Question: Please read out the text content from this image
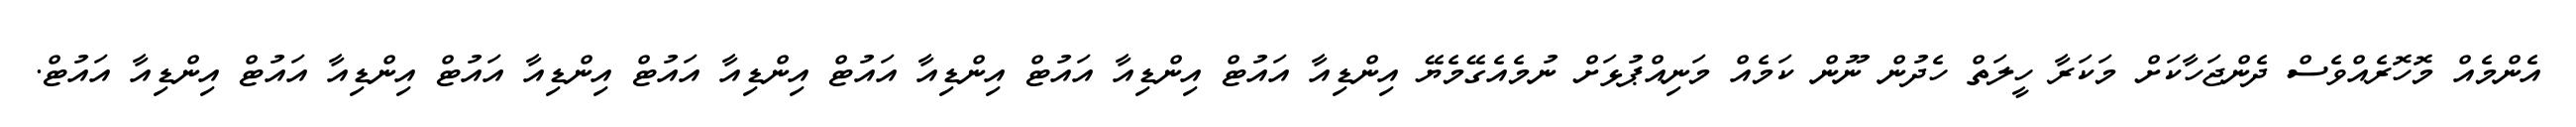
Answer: އެންމެއް މޮހޮރެއްވެސް ދެންޖަހާކަށް މަކަރާ ހީލަތް ހެދުން ނޫން ކަމެއް މަނިއްޕުޅަށް ނުމެއެގޭމެޔޭ އިންޑިއާ އައުޓް އިންޑިއާ އައުޓް އިންޑިއާ އައުޓް އިންޑިއާ އައުޓް އިންޑިއާ އައުޓް އިންޑިއާ އައުޓް އިންޑިއާ އައުޓް.